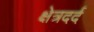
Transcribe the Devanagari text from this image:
क्षेत्रदर्द